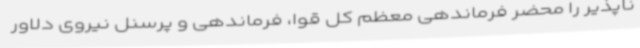
ناپذیر را محضر فرماندهی معظم کل قوا، فرماندهی و پرسنل نیروی دلاور